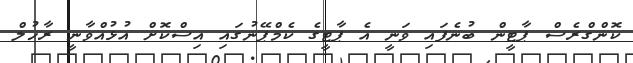
ކޮންގްރެސް ޕާޓީން ބުނެފައި ވަނީ އެ ޕާޓީގެ ކެމްޕޭނުގައި އިސްކޮށް އުޅުއްވާނީ ރާހުލް